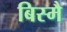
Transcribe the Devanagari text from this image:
बिस्मै